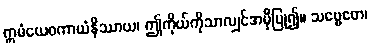
ဣမံယေဝကာယံနိဿာယ၊ ဤကိုယ်ကိုသာလျှင်အမှီပြု၍။ သဗ္ဗေတေ၊